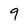
Character: 9